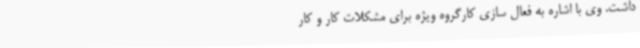
داشت. وی با اشاره به فعال سازی کارگروه ویژه برای مشکلات کار و کار